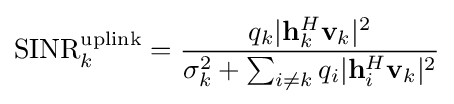
{\textrm {SINR}}_{k}^{\mathrm {uplink} }={\frac {q_{k}|\mathbf {h} _{k}^{H}\mathbf {v} _{k}|^{2}}{\sigma _{k}^{2}+\sum _{i\neq k}q_{i}|\mathbf {h} _{i}^{H}\mathbf {v} _{k}|^{2}}}